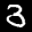
Label: 3